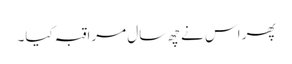
پھر اس نے چھ سال مراقبہ کیا۔